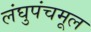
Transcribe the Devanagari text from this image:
लंघुपंचमूल